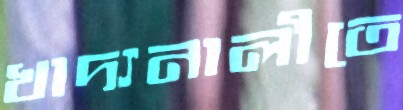
খাদ্যনালীতে